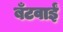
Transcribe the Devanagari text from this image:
बँटवाईं